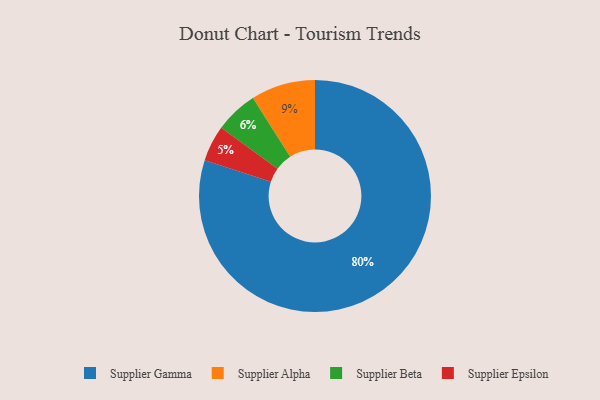
{"axis": {"x": "Category", "y": "Percentage"}, "legend": ["Supplier Alpha", "Supplier Beta", "Supplier Epsilon", "Supplier Gamma"], "data": [{"x": "Supplier Epsilon", "y": 5, "type": "Supplier Epsilon"}, {"x": "Supplier Gamma", "y": 80, "type": "Supplier Gamma"}, {"x": "Supplier Alpha", "y": 9, "type": "Supplier Alpha"}, {"x": "Supplier Beta", "y": 6, "type": "Supplier Beta"}]}